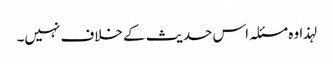
لہذا وہ مسئلہ اس حدیث کے خلاف نہیں۔